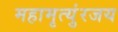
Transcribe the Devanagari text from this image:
महामृत्युंरजय